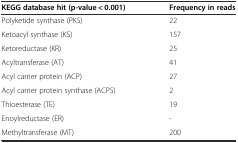
<table><thead><tr><td><b>KEGG database hit (p-value &lt; 0.001)</b></td><td><b>Frequency in reads</b></td></tr></thead><tbody><tr><td>Polyketide synthase (PKS)</td><td>22</td></tr><tr><td>Ketoacyl synthase (KS)</td><td>157</td></tr><tr><td>Ketoreductase (KR)</td><td>25</td></tr><tr><td>Acyltransferase (AT)</td><td>41</td></tr><tr><td>Acyl carrier protein (ACP)</td><td>27</td></tr><tr><td>Acyl carrier protein synthase (ACPS)</td><td>2</td></tr><tr><td>Thioesterase (TE)</td><td>19</td></tr><tr><td>Enoylreductase (ER)</td><td>-</td></tr><tr><td>Methyltransferase (MT)</td><td>200</td></tr></tbody></table>